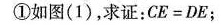
①如图(1)，求证：CE=DE；